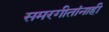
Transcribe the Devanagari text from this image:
समरगीतांनाही